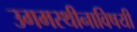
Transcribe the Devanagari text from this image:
उगमस्थीनाविषयी